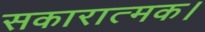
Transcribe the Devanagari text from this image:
सकारात्मक।